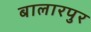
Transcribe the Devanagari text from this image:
बालारपुर